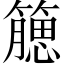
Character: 𥵖